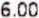
6.00